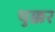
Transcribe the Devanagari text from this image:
चुक्कर